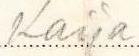
Kaija